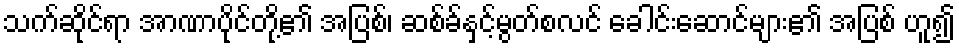
သက်ဆိုင်ရာ အာဏာပိုင်တို့၏ အပြစ်၊ ဆစ်ခ်နှင့်မွတ်စလင် ခေါင်းဆောင်များ၏ အပြစ် ဟူ၍